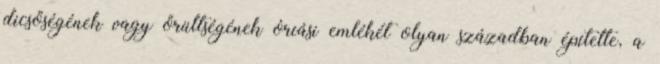
dicsőségének vagy őrültségének óriási emlékét olyan században építette, a